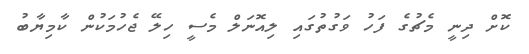
ކޮށް ދިނީ މެޗުގެ ފަހު ވަގުތުގައި ލިއޮނަލް މެސީ ހިލޭ ޖެހުމަކުން ކާމިޔާބު